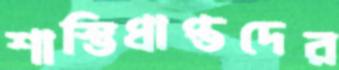
শাস্তিপ্রাপ্তদের